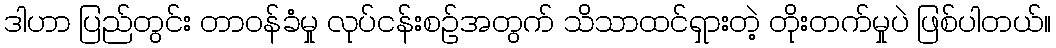
ဒါဟာ ပြည်တွင်း တာဝန်ခံမှု လုပ်ငန်းစဉ်အတွက် သိသာထင်ရှားတဲ့ တိုးတက်မှုပဲ ဖြစ်ပါတယ်။